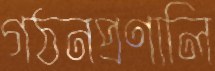
গঠনপ্রণালি